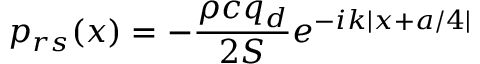
p _ { r s } ( x ) = - \frac { \rho c q _ { d } } { 2 S } e ^ { - i k | x + a / 4 | }